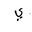
Letter: _ya